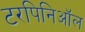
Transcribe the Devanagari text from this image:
टरपिनिऑल